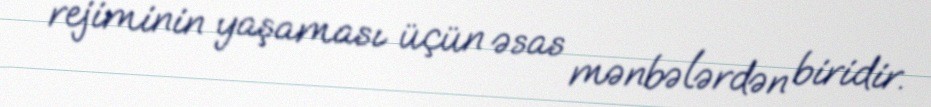
rejiminin yaşaması üçün əsas mənbələrdən biridir.